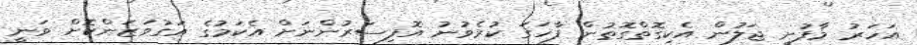
އަހަރު މާފުށީ ޖަލުން އެކިގޮތްގޮތުން ފާހަގަ ކުރެވުނު އޮފިސަރުންނަށް އެކަމުގެ އަގުވަޒަންކޮށް ވަނީ